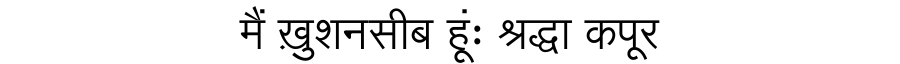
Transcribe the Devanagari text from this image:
मैं ख़ुशनसीब हूंः श्रद्धा कपूर